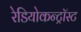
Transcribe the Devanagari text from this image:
रेडियोकन्ट्रॉस्ट